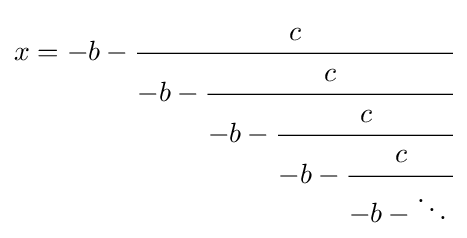
x=-b-{\cfrac {c}{-b-{\cfrac {c}{-b-{\cfrac {c}{-b-{\cfrac {c}{-b-\ddots \,}}}}}}}}